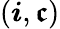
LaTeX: (\boldsymbol{i},\boldsymbol{\mathfrak{c}})